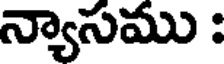
న్యాసము :